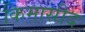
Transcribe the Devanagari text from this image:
किमासीद